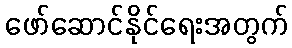
ဖော်ဆောင်နိုင်ရေးအတွက်